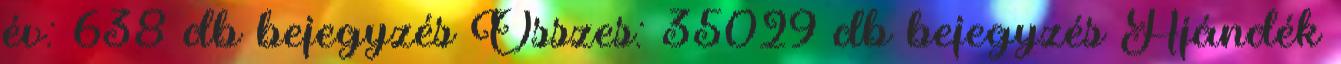
év: 638 db bejegyzés Összes: 35029 db bejegyzés Ajándék